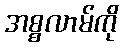
အစ္စလာမ်ကို